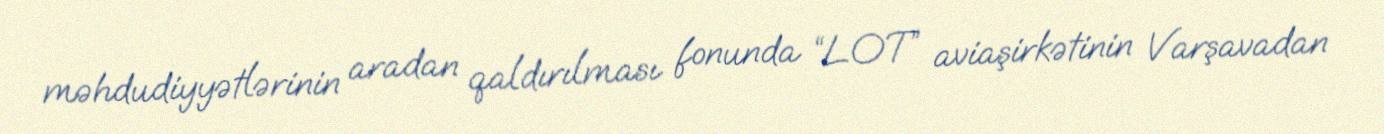
məhdudiyyətlərinin aradan qaldırılması fonunda “LOT” aviaşirkətinin Varşavadan